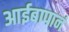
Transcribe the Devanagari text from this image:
आईबापानं